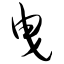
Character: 曳